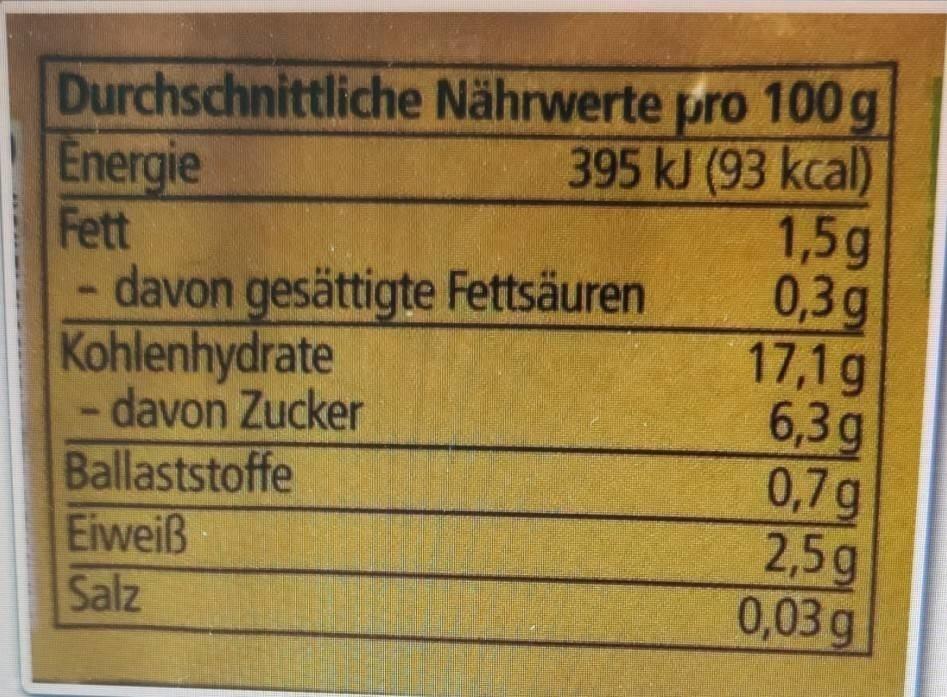
Durchschnittliche Nährwerte pro 100g Energie
395 kJ (93 kcal)
Fett
davon gesättigte Fettsäuren
Kohlenhydrate davon Zucker
Ballaststoffe
HOL
Eiweiß
Salz
1,5g
0,3g
17,1g
6,3g
0,7g
2,5g
0,03 g